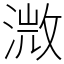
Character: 溦